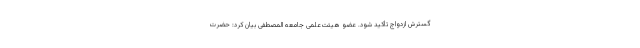
گسترش ازدواج تأکید شود. عضو هیئت‌علمی جامعه المصطفی بیان کرد: حضرت